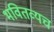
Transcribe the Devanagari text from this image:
भवितव्यच